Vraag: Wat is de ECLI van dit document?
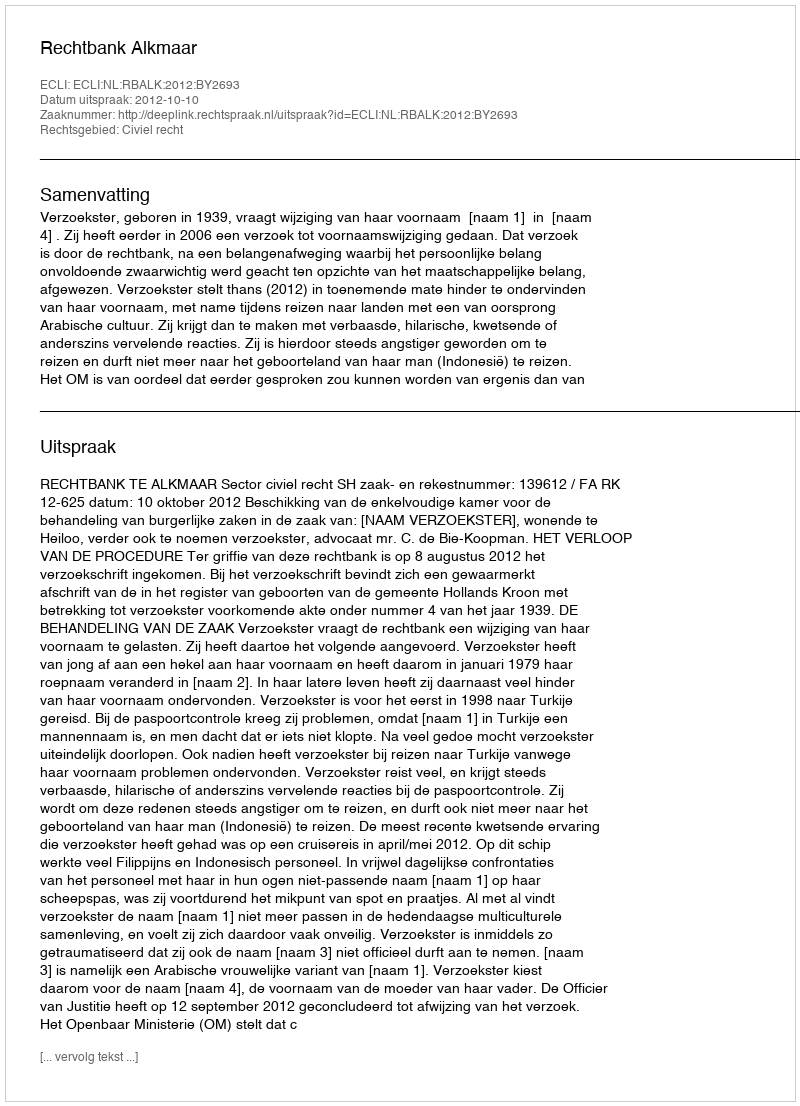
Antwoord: ECLI:NL:RBALK:2012:BY2693